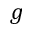
g